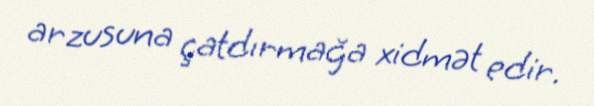
arzusuna çatdırmağa xidmət edir.